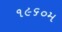
૧૯૬૦મ